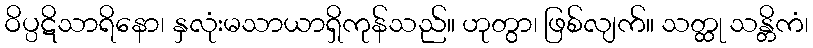
ဝိပ္ပဋိသာရိနော၊ နှလုံးမသာယာရှိကုန်သည်။ ဟုတွာ၊ ဖြစ်လျက်။ သတ္ထု သန္တိကံ၊